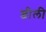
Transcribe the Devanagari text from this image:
न्जीली